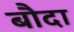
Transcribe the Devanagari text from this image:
बौदा